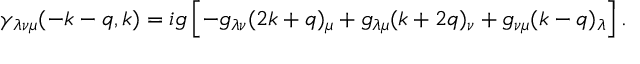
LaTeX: \gamma _ { \lambda \nu \mu } ( - k - q , k ) = i g \left[ - g _ { \lambda \nu } ( 2 k + q ) _ { \mu } + g _ { \lambda \mu } ( k + 2 q ) _ { \nu } + g _ { \nu \mu } ( k - q ) _ { \lambda } \right] .